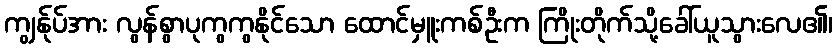
ကျွန်ုပ်အား လွန်စွာပုကွကွနိုင်သော ထောင်မှူးကစ်ဦးက ကြိုးတိုက်သို့ခေါ်ယူသွားလေ၏၊